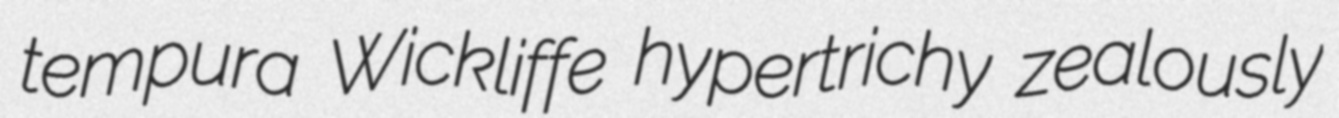
tempura Wickliffe hypertrichy zealously